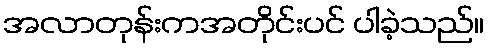
အလာတုန်းကအတိုင်းပင် ပါခဲ့သည်။